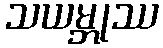
သယမ္ဘုဿ